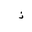
Letter: _thal